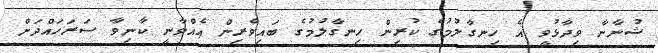
ޝުނާނާ ވިދާޅުވީ އެ ހިނގާލުމުގެ ކުރިން ހިނގާލުމުގެ ބައިވެރިން އެއްވާނީ ކާނިވާ ސަރަހައްދަށް